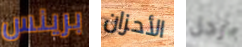
برينس الأحزان رجل